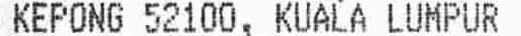
KEPONG 52100, KUALA LUMPUR